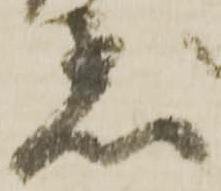
着